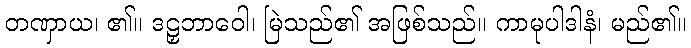
တဏှာယ၊ ၏။ ဒဠှဘာဝေါ၊ မြဲသည်၏ အဖြစ်သည်။ ကာမုပါဒါနံ၊ မည်၏။